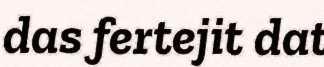
das fertejit dat